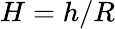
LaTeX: H=h/R